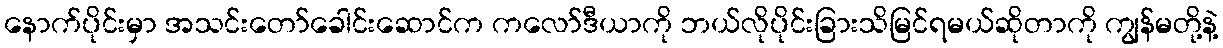
နောက်ပိုင်းမှာ အသင်းတော်ခေါင်းဆောင်က ကလော်ဒီယာကို ဘယ်လိုပိုင်းခြားသိမြင်ရမယ်ဆိုတာကို ကျွန်မတို့နဲ့